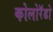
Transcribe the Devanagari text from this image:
कोलोरॅडो